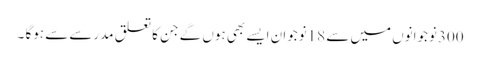
300نوجوانوں میں سے 18نوجوان ایسے بھی ہوں گے جن کا تعلق مدرسے سے ہوگا ۔